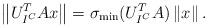
LaTeX: \begin{align*}\left\| U_{I^C}^TAx \right\| = \sigma_{\min}(U_{I^C}^TA) \left\| x \right\|.\end{align*}